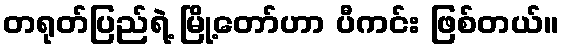
တရုတ်ပြည်ရဲ့ မြို့တော်ဟာ ပီကင်း ဖြစ်တယ်။